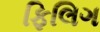
ફિલિગ